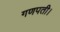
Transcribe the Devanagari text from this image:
गणपती।